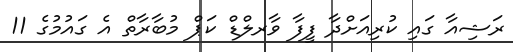
ރަޝިއާ ގައި ކުރިއަށްދާ ފީފާ ވާރލްޑް ކަޕް މުބާރާތް އެ ގައުމުގެ 11